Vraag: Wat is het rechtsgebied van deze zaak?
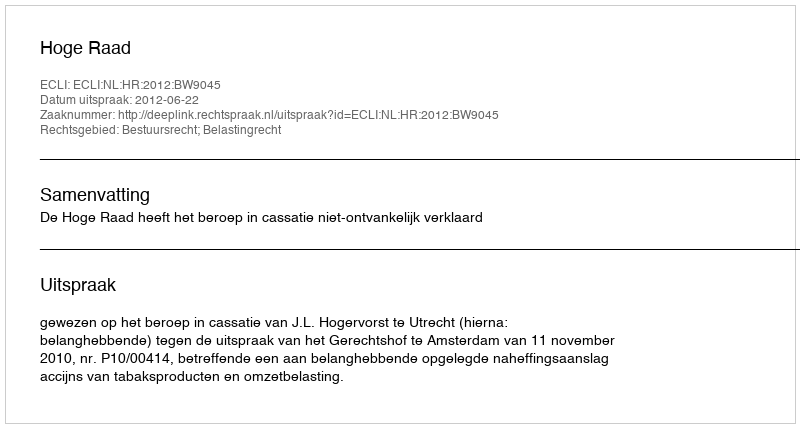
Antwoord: Bestuursrecht; Belastingrecht